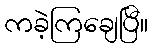
ကခဲ့ကြချေပြီ။